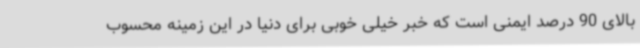
بالای 90 درصد ایمنی است که خبر خیلی خوبی برای دنیا در این زمینه محسوب